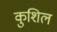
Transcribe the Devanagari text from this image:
कुशिल